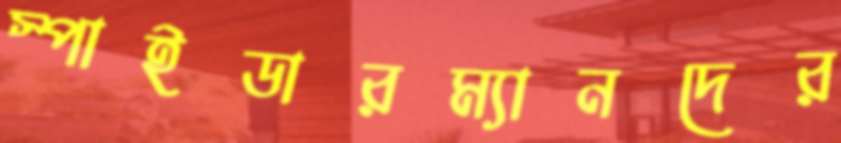
স্পাইডারম্যানদের